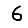
Digit: 6